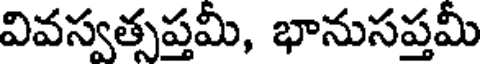
వివస్వత్సప్తమీ, భానుసప్తమీ